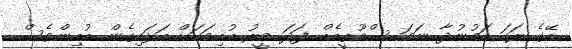
އޭގެ ރަހަ ކަމުނުދާ ނަމަ ސްމޫތީއެއް ފަދަ މީރު ބުއިމަކަށް އަޅައިގެން ބުއިންވެސް